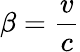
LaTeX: \beta=\frac{v}{c}